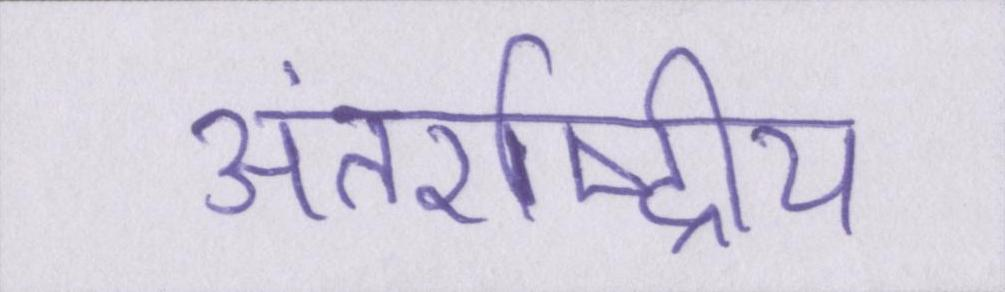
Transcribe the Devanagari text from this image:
अंतर्राष्ट्रीय